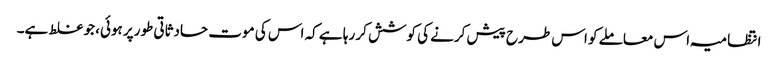
انتظامیہ اس معاملے کو اس طرح پیش کرنے کی کوشش کر رہا ہے کہ اس کی موت حادثاتی طورپر ہوئی، جو غلط ہے۔